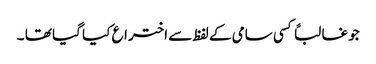
جو غالباً کسی سامی کے لفظ سے اختراع کیا گیا تھا ۔